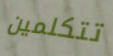
تتكلمين